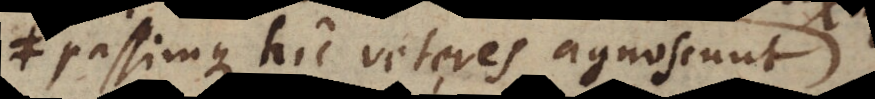
passimque hic veteres agnoscunt